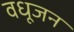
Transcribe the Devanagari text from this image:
वधूजन